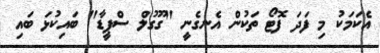
އެކަމަކު މި ފަދަ ފޮޓޯ ތަކުން އެނގެނީ "ގޫގުލް ސްޕީޑާ" ބައިކުޅަ ބައި